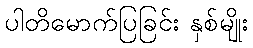
ပါတိမောက်ပြခြင်း နှစ်မျိုး